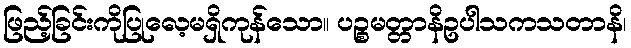
ဖြည့်ခြင်းကိုပြုလေ့မရှိကုန်သော။ ပဉ္စမတ္တာနိဥပါသကသတာနိ၊